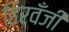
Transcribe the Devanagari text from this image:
हिरवँजी